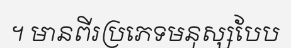
។ មានពីរប្រភេទមនុស្សបែប